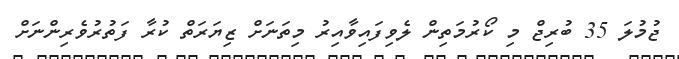
ޖުމުލަ 35 ބުރިޖް މި ކޯރުމަތިން ލެވިފައިވާއިރު މިތަނަށް ޒިޔަރަތް ކުރާ ފަތުރުވެރިންނަށް